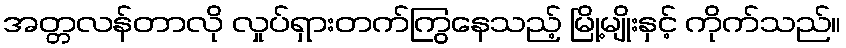
အတ္တလန်တာလို လှုပ်ရှားတက်ကြွနေသည့် မြို့မျိုးနှင့် ကိုက်သည်။